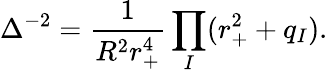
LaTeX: \Delta^{-2}=\frac{1}{R^{2}r_{+}^{4}}\prod_{I}(r_{+}^{2}+q_{I}).